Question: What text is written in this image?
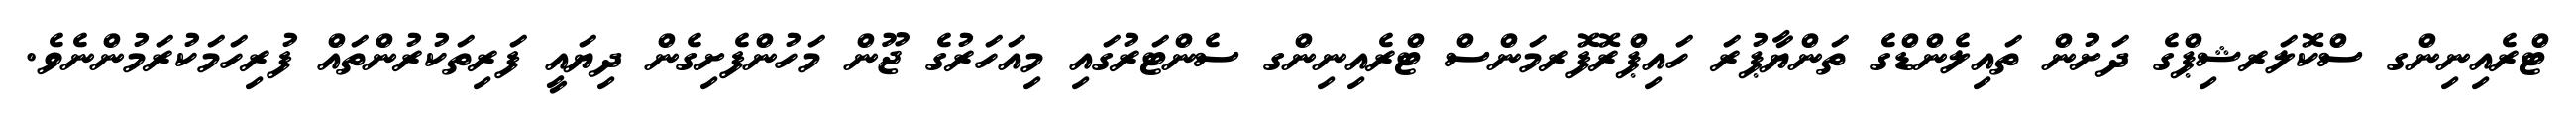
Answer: ޓްރެއިނިންގ ސްކޮލަރޝިޕްގެ ދަށުން ތައިލެންޑްގެ ތަންޔާޕުރަ ހައިޕްރޮފޮރމަންސް ޓްރެއިނިންގ ސެންޓަރުގައި މިއަހަރުގެ ޖޫން މަހުންފެށިގެން ދިޔައީ ފަރިތަކުރުންތައް ފުރިހަމަކުރަމުންނެވެ.